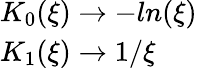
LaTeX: \begin{array}{l}{{K_{0}(\xi)\to-ln(\xi)}}\\ {{K_{1}(\xi)\to 1/\xi}}\end{array}